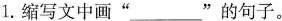
1.缩写文中画”___”的句子。